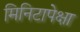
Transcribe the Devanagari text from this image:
मिनिटापेक्षा